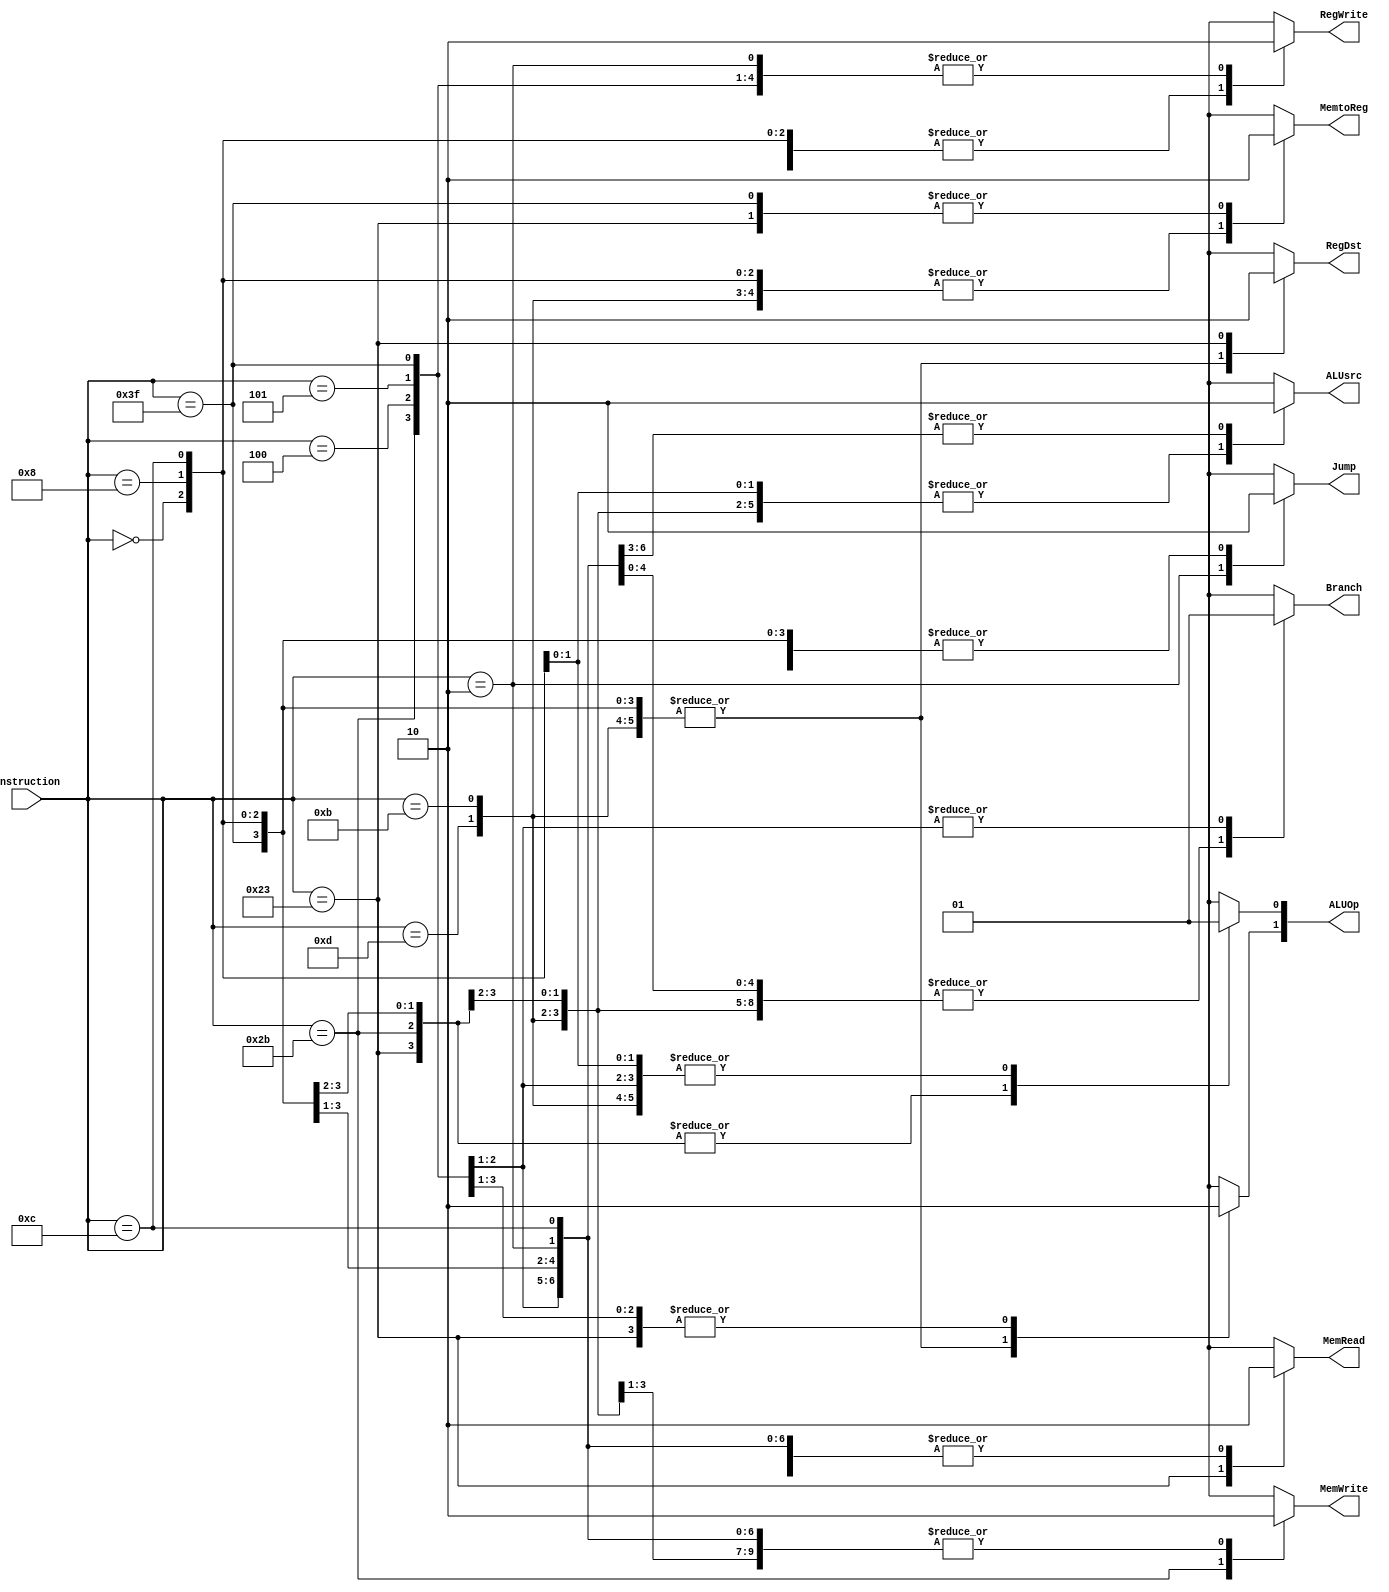

// Main Controller
module Control(Instruction,ALUsrc,RegWrite,MemWrite,ALUOp,MemtoReg,MemRead,RegDst,Branch,Jump);

output 	reg ALUsrc,RegWrite,MemWrite,MemtoReg,MemRead,RegDst,Branch,Jump;
output [1:0] ALUOp;
input  [5:0] Instruction;

reg ALUOp1,ALUOp0;

assign ALUOp= {ALUOp1,ALUOp0};
	
	always@(Instruction)
	begin
		case(Instruction)
			6'b111111 :     // NOP
				begin
					RegDst 		<= 1'b1;
					ALUsrc 		<= 1'b0;
					MemtoReg	<= 1'b0;
					RegWrite 	<= 1'b0;
					MemRead 	<= 1'b0;
					MemWrite	<= 1'b0;
					Branch		<= 1'b0;
					Jump 		<= 1'b0;
					ALUOp1		<= 1'b1;
					ALUOp0		<= 1'b0;							
				end

			6'b000000 : 	// R  type  
				begin
					RegDst 		<= 1'b1;	
					ALUsrc 		<= 1'b0;
					MemtoReg	<= 1'b1;
					RegWrite 	<= 1'b1;
					MemRead 	<= 1'b0;
					MemWrite	<= 1'b0;
					Branch		<= 1'b0;
					Jump 		<= 1'b0;
					ALUOp1		<= 1'b1;
					ALUOp0		<= 1'b0;							
				end


			6'b001000 : 	// ADD Immediate 
				begin
					RegDst 		<= 1'b1;								
					ALUsrc 		<= 1'b1;
					MemtoReg	<= 1'b1;
					RegWrite 	<= 1'b1;
					MemRead 	<= 1'b0;
					MemWrite	<= 1'b0;
					Branch		<= 1'b0;
					Jump 		<= 1'b0;
					ALUOp1		<= 1'b1;
					ALUOp0		<= 1'b1;							
				end


			6'b001100 : 	// AND Immediate
				begin												
					RegDst 		<= 1'b1;
					ALUsrc 		<= 1'b1;
					MemtoReg	<= 1'b1;
					RegWrite 	<= 1'b1;
					MemRead 	<= 1'b0;
					MemWrite	<= 1'b0;
					Jump 		<= 1'b0;
					Branch		<= 1'b0;
					ALUOp1		<= 1'b1;
					ALUOp0		<= 1'b1;							
				end


			6'b001101 : 	// OR Immediate
				begin												
							RegDst 		<= 1'b1;
							ALUsrc 		<= 1'b1;
							MemtoReg	<= 1'b1;
							RegWrite 	<= 1'b1;
							MemRead 	<= 1'b0;
							MemWrite	<= 1'b0;
							Branch		<= 1'b0;
							Jump 		<= 1'b0;
							ALUOp1		<= 1'b1;
							ALUOp0		<= 1'b1;							
						end

						6'b000010 : 	// JUMP
						begin									
							RegDst 		<= 1'bx;
							ALUsrc 		<= 1'bx;
							MemtoReg	<= 1'bx;
							RegWrite 	<= 1'b0;
							MemRead 	<= 1'b0;
							MemWrite	<= 1'b0;
							Branch		<= 1'b0;
							Jump 		<= 1'b1;
							ALUOp1		<= 1'bx;
							ALUOp0		<= 1'bx;							
						end

						6'b001011 : 	// SLTI
						begin													
							RegDst 		<= 1'b1;
							ALUsrc 		<= 1'b1;
							MemtoReg	<= 1'b1;
							RegWrite 	<= 1'b1;
							MemRead 	<= 1'b0;
							MemWrite	<= 1'b0;
							Branch		<= 1'b0;
							Jump 		<= 1'b0;
							ALUOp1		<= 1'b1;
							ALUOp0		<= 1'b1;							
						end


						6'b100011 :	// LW
						begin
							RegDst 		<= 1'b0;
							ALUsrc 		<= 1'b1;
							MemtoReg	<= 1'b0;
							RegWrite 	<= 1'b1;
							MemRead 	<= 1'b1;
							MemWrite	<= 1'b0;
							Branch		<= 1'b0;
							Jump 		<= 1'b0;
							ALUOp1		<= 1'b0;
							ALUOp0		<= 1'b0;							
						end
						6'b101011 : // SW
						begin
							RegDst 		<= 1'bx;
							ALUsrc 		<= 1'b1;
							MemtoReg	<= 1'bx;
							RegWrite 	<= 1'b0;
							MemRead 	<= 1'b0;
							MemWrite	<= 1'b1;
							Branch		<= 1'b0;
							Jump 		<= 1'b0;
							ALUOp1		<= 1'b0;
							ALUOp0		<= 1'b0;
						end
					6'b000100 : // BEQ
						begin
							RegDst 		<= 1'bx;
							ALUsrc 		<= 1'b0;
							MemtoReg	<= 1'bx;
							RegWrite 	<= 1'b0;
							MemRead 	<= 1'b0;
							MemWrite	<= 1'b0;
							Branch		<= 1'b1;
							Jump 		<= 1'b0;
							ALUOp1		<= 1'b0;
							ALUOp0		<= 1'b1;
						end

					6'b000101 : // BNE   Modify
						begin
							RegDst 		<= 1'bx;
							ALUsrc 		<= 1'b0;
							MemtoReg	<= 1'bx;
							RegWrite 	<= 1'b0;
							MemRead 	<= 1'b0;
							MemWrite	<= 1'b0;
							Branch		<= 1'b1;
							Jump 		<= 1'b0;
							ALUOp1		<= 1'b0;
							ALUOp0		<= 1'b1;
						end
			default:
						begin
							RegDst 		<= 1'bx;
							ALUsrc 		<= 1'bx;
							MemtoReg	<= 1'bx;
							RegWrite 	<= 1'bx;
							MemRead 	<= 1'bx;
							MemWrite	<= 1'bx;
							Branch		<= 1'bx;
							Jump 		<= 1'bx;
							ALUOp1		<= 1'bx;
							ALUOp0		<= 1'bx;
						end
		endcase		
	end			
endmodule


// ALU Controller
module ALUControl(ALUCnt,AluOp,Funct,Imm);		// Takes in Instructions Funct field of 6 bits along with 2 bits of Alu Op decoded by Main Control
output reg 	[3:0] ALUCnt;
input  		[5:0] Funct,Imm;
input  		[1:0] AluOp;

	always@(AluOp,Funct)
		begin
		case(AluOp)
			2'b00 : // LW or SW either ways ALU performs add
				ALUCnt = 4'b0010;

			2'b01 : // BEQ Alu performs Subtraction
				ALUCnt = 4'b0110;

			2'b10 : // R-Type Funct defines ALU mode
				begin
					case(Funct)
						6'b000000 :  // SLL
							ALUCnt = 4'b1101;
						6'b100000 :	// ADD 
							ALUCnt = 4'b0010;
						6'b100010 : // SUB
							ALUCnt = 4'b0110;
						6'b100100 : // AND
							ALUCnt = 4'b0000;
						6'b100101 : // OR
							ALUCnt = 4'b0001;
						6'b101010 : // SLT
							ALUCnt = 4'b0111;
						default: 
							ALUCnt = 4'bZZZZ;
					endcase
				end
			endcase
		end
endmodule